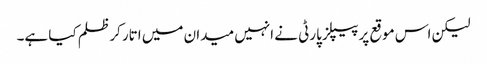
لیکن اس موقع پر پیپلز پارٹی نے انہیں میدان میں اتار کر ظلم کیا ہے۔